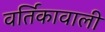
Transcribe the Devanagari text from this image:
वर्तिकावाली